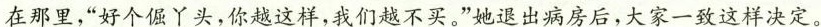
在那里，”好个倔丫头，你越这样，我们越不买。”她退出病房后，大家一致这样决定。